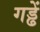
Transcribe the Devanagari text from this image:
गड्ढें